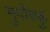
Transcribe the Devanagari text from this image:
मुर्पोक्कु